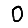
Digit: 0